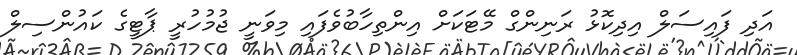
އަދި ފައިސަލް އިދިކޮޅު ރަނިންގް މޭޓަކަށް އިންތިހާބުވެފައި މިވަނީ ޖުމުހުރީ ޕާޓީގެ ކައުންސިލް